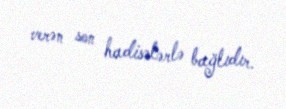
verən son hadisələrlə bağlıdır.